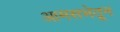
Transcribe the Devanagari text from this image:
आमसभेतून